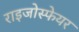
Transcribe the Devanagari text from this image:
राइजोस्फेयर